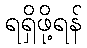
ရရှိဖို့ရန်